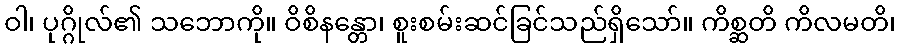
ဝါ၊ ပုဂ္ဂိုလ်၏ သဘောကို။ ဝိစိနန္တော၊ စူးစမ်းဆင်ခြင်သည်ရှိသော်။ ကိစ္ဆတိ ကိလမတိ၊